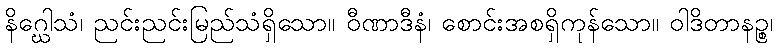
နိဂ္ဃေါသံ၊ ညင်းညင်းမြည်သံရှိသော။ ဝီဏာဒီနံ၊ စောင်းအစရှိကုန်သော။ ဝါဒိတာနဉ္စ၊